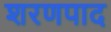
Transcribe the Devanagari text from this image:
शरणपाद